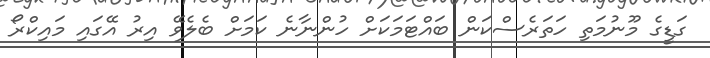
ގަޑީގެ މޫނުމަތި ހަތަރެސްކަން ބައްޓަމަކަށް ހުންނާނެ ކަމަށް ބެލެވޭ އިރު އޭގައި މައިކްރޯ